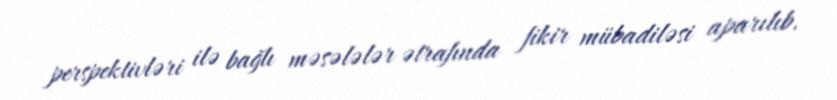
perspektivləri ilə bağlı məsələlər ətrafında fikir mübadiləsi aparılıb.